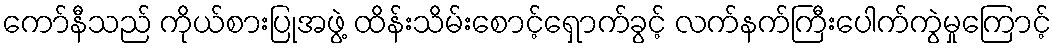
ကော်နီသည် ကိုယ်စားပြုအဖွဲ့ ထိန်းသိမ်းစောင့်ရှောက်ခွင့် လက်နက်ကြီးပေါက်ကွဲမှုကြောင့်